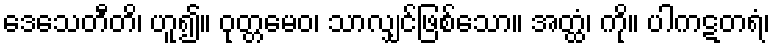
ဒေသေတီတိ၊ ဟူ၍။ ဝုတ္တမေဝ၊ သာလျှင်ဖြစ်သော။ အတ္ထံ၊ ကို။ ပါကဋတရံ၊